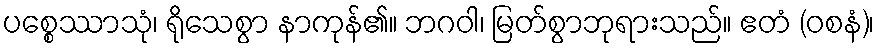
ပစ္စေဿာသုံ၊ ရိုသေစွာ နာကုန်၏။ ဘဂဝါ၊ မြတ်စွာဘုရားသည်။ ဧတံ (ဝစနံ)၊